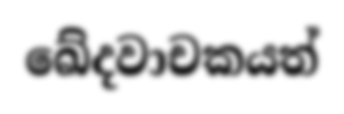
ඛේදවාචකයත්